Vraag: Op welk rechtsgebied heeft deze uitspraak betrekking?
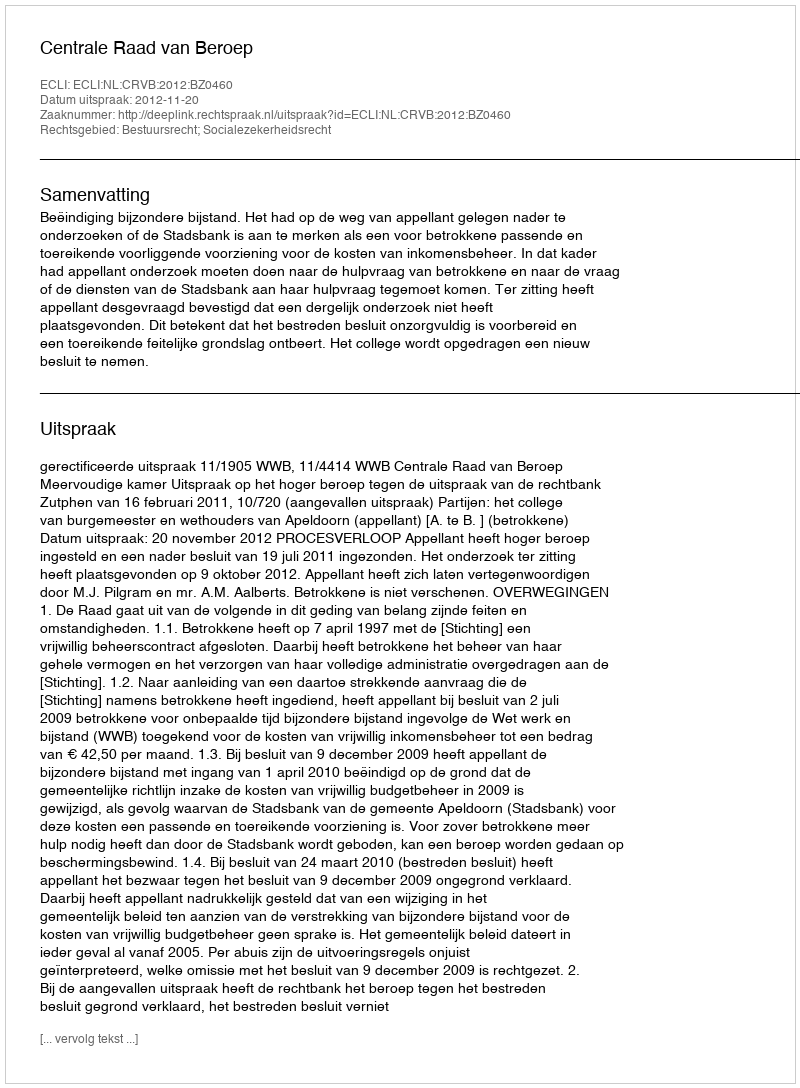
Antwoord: Bestuursrecht; Socialezekerheidsrecht